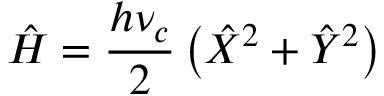
\hat { H } = \frac { h \nu _ { c } } { 2 } \left( \hat { X } ^ { 2 } + \hat { Y } ^ { 2 } \right)